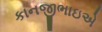
કાનજીભાઇએ